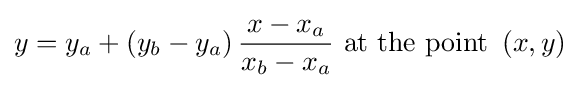
y=y_{a}+\left(y_{b}-y_{a}\right){\frac {x-x_{a}}{x_{b}-x_{a}}}{\text{ at the point }}\left(x,y\right)